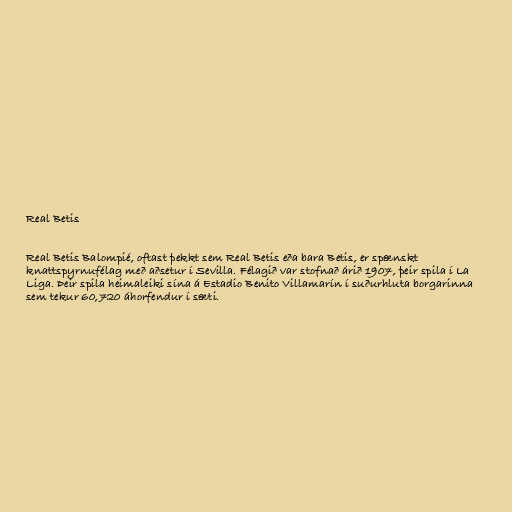
Real Betis

Real Betis Balompié, oftast þekkt sem Real Betis eða bara Betis, er spænskt
knattspyrnufélag með aðsetur í Sevilla. Félagið var stofnað árið 1907, þeir spila í La
Liga. Þeir spila heimaleiki sína á Estadio Benito Villamarín í suðurhluta borgarinna
sem tekur 60,720 áhorfendur í sæti.